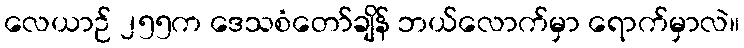
လေယာဉ် ၂၅၅က ဒေသစံတော်ချိန် ဘယ်လောက်မှာ ရောက်မှာလဲ။